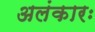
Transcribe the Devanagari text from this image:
अलंकारः